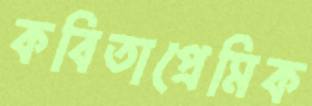
কবিতাপ্রেমিক